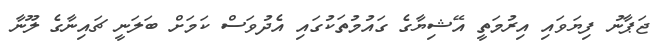
ޖަޕާނު ފިޔަވައި އިރުމަތީ އޭޝިޔާގެ ގައުމުތަކުގައި އެދުވަސް ކަމަށް ބަލަނީ ޗައިނާގެ ލޫނާ